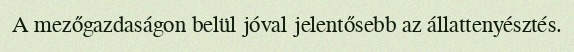
A mezőgazdaságon belül jóval jelentősebb az állattenyésztés.